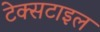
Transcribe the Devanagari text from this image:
टेक्‍सटाइल